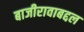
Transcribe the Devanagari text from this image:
बाजीरावाबद्दल